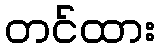
တင်ထား